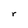
Character: r